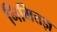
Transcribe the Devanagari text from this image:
निमित्तज्ञ